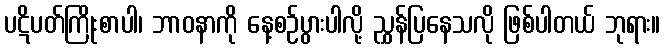
ပဋိပတ်ကြိုးစာပါ၊ ဘာဝနာကို နေ့စဉ်ပွားပါလို့ ညွှန်ပြနေသလို ဖြစ်ပါတယ် ဘုရား။